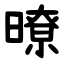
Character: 暸